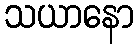
သယာနော